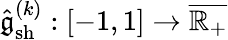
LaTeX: \hat{\mathfrak{g}}_{\mathrm{sh}}^{(k)}:[-1,1]\to\overline{{\mathbb{R}_{+}}}